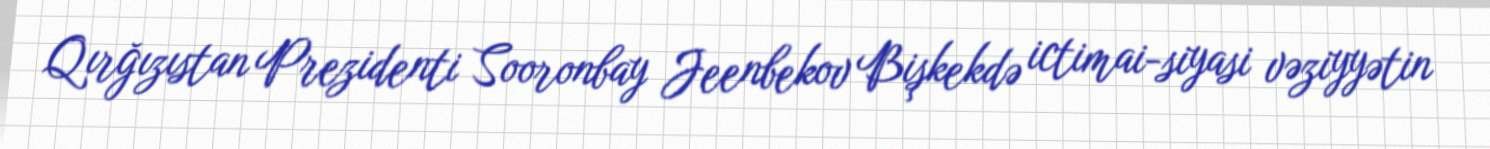
Qırğızıstan Prezidenti Sooronbay Jeenbekov Bişkekdə ictimai-siyasi vəziyyətin